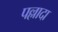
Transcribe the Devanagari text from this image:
पल्लादा